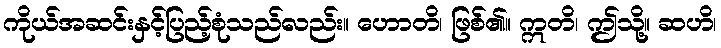
ကိုယ်အဆင်းနှင့်ပြည့်စုံသည်လည်း။ ဟောတိ၊ ဖြစ်၏။ ဣတိ၊ ဤသို့။ ဆဟိ၊